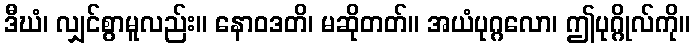
ဒီဃံ၊ လျှင်စွာမူလည်း။ နောဝဒတိ၊ မဆိုတတ်။ အယံပုဂ္ဂလော၊ ဤပုဂ္ဂိုလ်ကို။